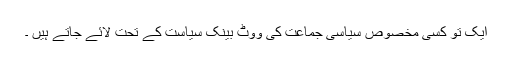
ایک تو کسی مخصوص سیاسی جماعت کی ووٹ بینک سیاست کے تحت لائے جاتے ہیں ۔